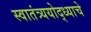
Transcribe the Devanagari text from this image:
स्वातंत्र्ययोद्‌ध्याचे